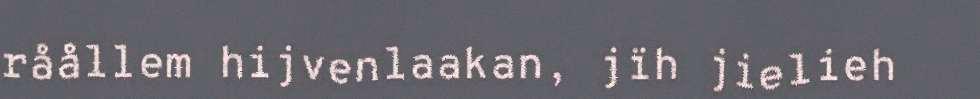
råållem hijvenlaakan, jïh jielieh